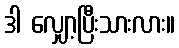
ဒါ လျှော့ပြီးသားလား။